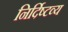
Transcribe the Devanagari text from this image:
निर्दिष्टव्य